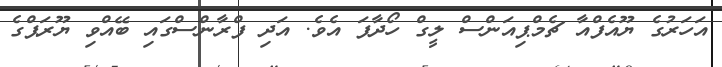
އަހަރުގެ ޔޫއެފްއާ ޗެމްޕިއަންސް ލީގް ހޯދާފަ އެވެ. އަދި ފްރާންސްގައި ބޭއްވި ޔޫރަޕްގެ